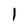
Character: 1